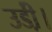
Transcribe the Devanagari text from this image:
उडी़ं।